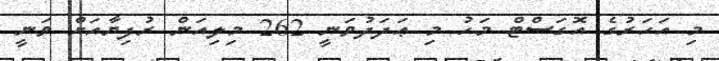
މި އަހަރުގެ އޮގަސްޓް މަހު މި ޢަދަދުވަނީ 262 މިލިއަން ރުފިޔާއަށް ވަނީ